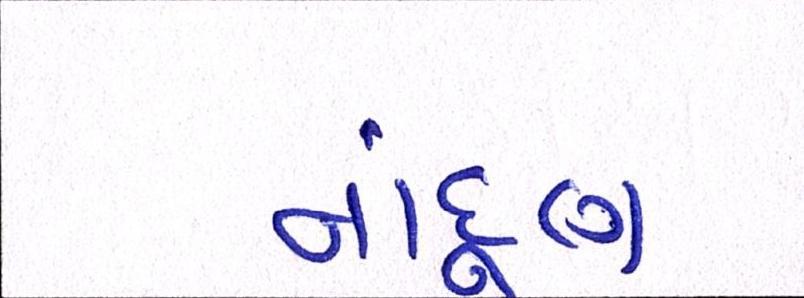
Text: નાંદૂણ